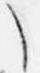
々